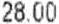
28.00